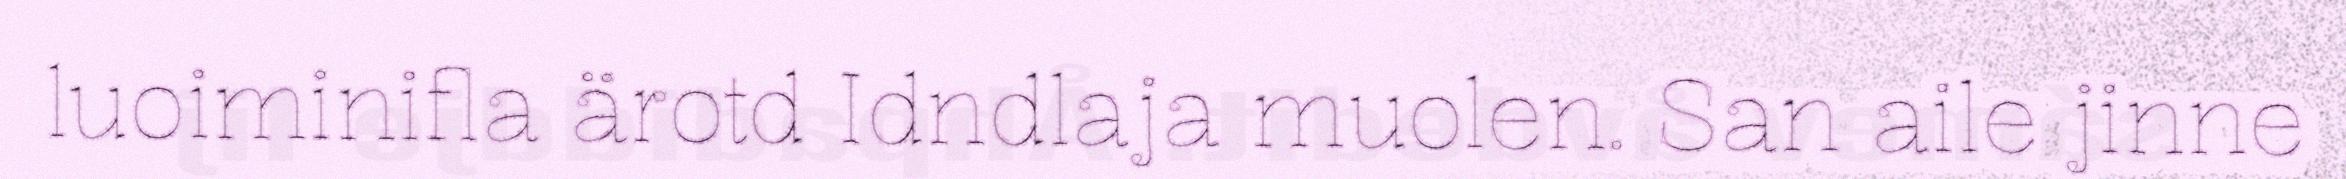
luoiminifla ärotd Idndlaja muolen. San aile jinne